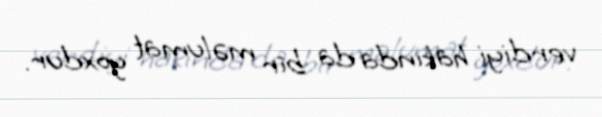
verdiyi hakında da bir məlumat yoxdur.